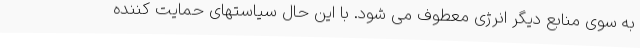
به سوی منابع دیگر انرژی معطوف می شود. با این حال سیاستهای حمایت کننده